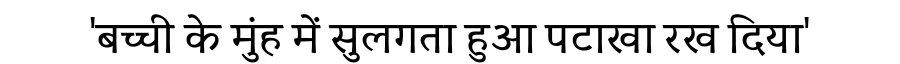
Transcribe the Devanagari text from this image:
'बच्ची के मुंह में सुलगता हुआ पटाखा रख दिया'